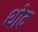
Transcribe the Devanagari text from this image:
थोद